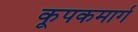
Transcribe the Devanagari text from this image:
कूपकमार्ग